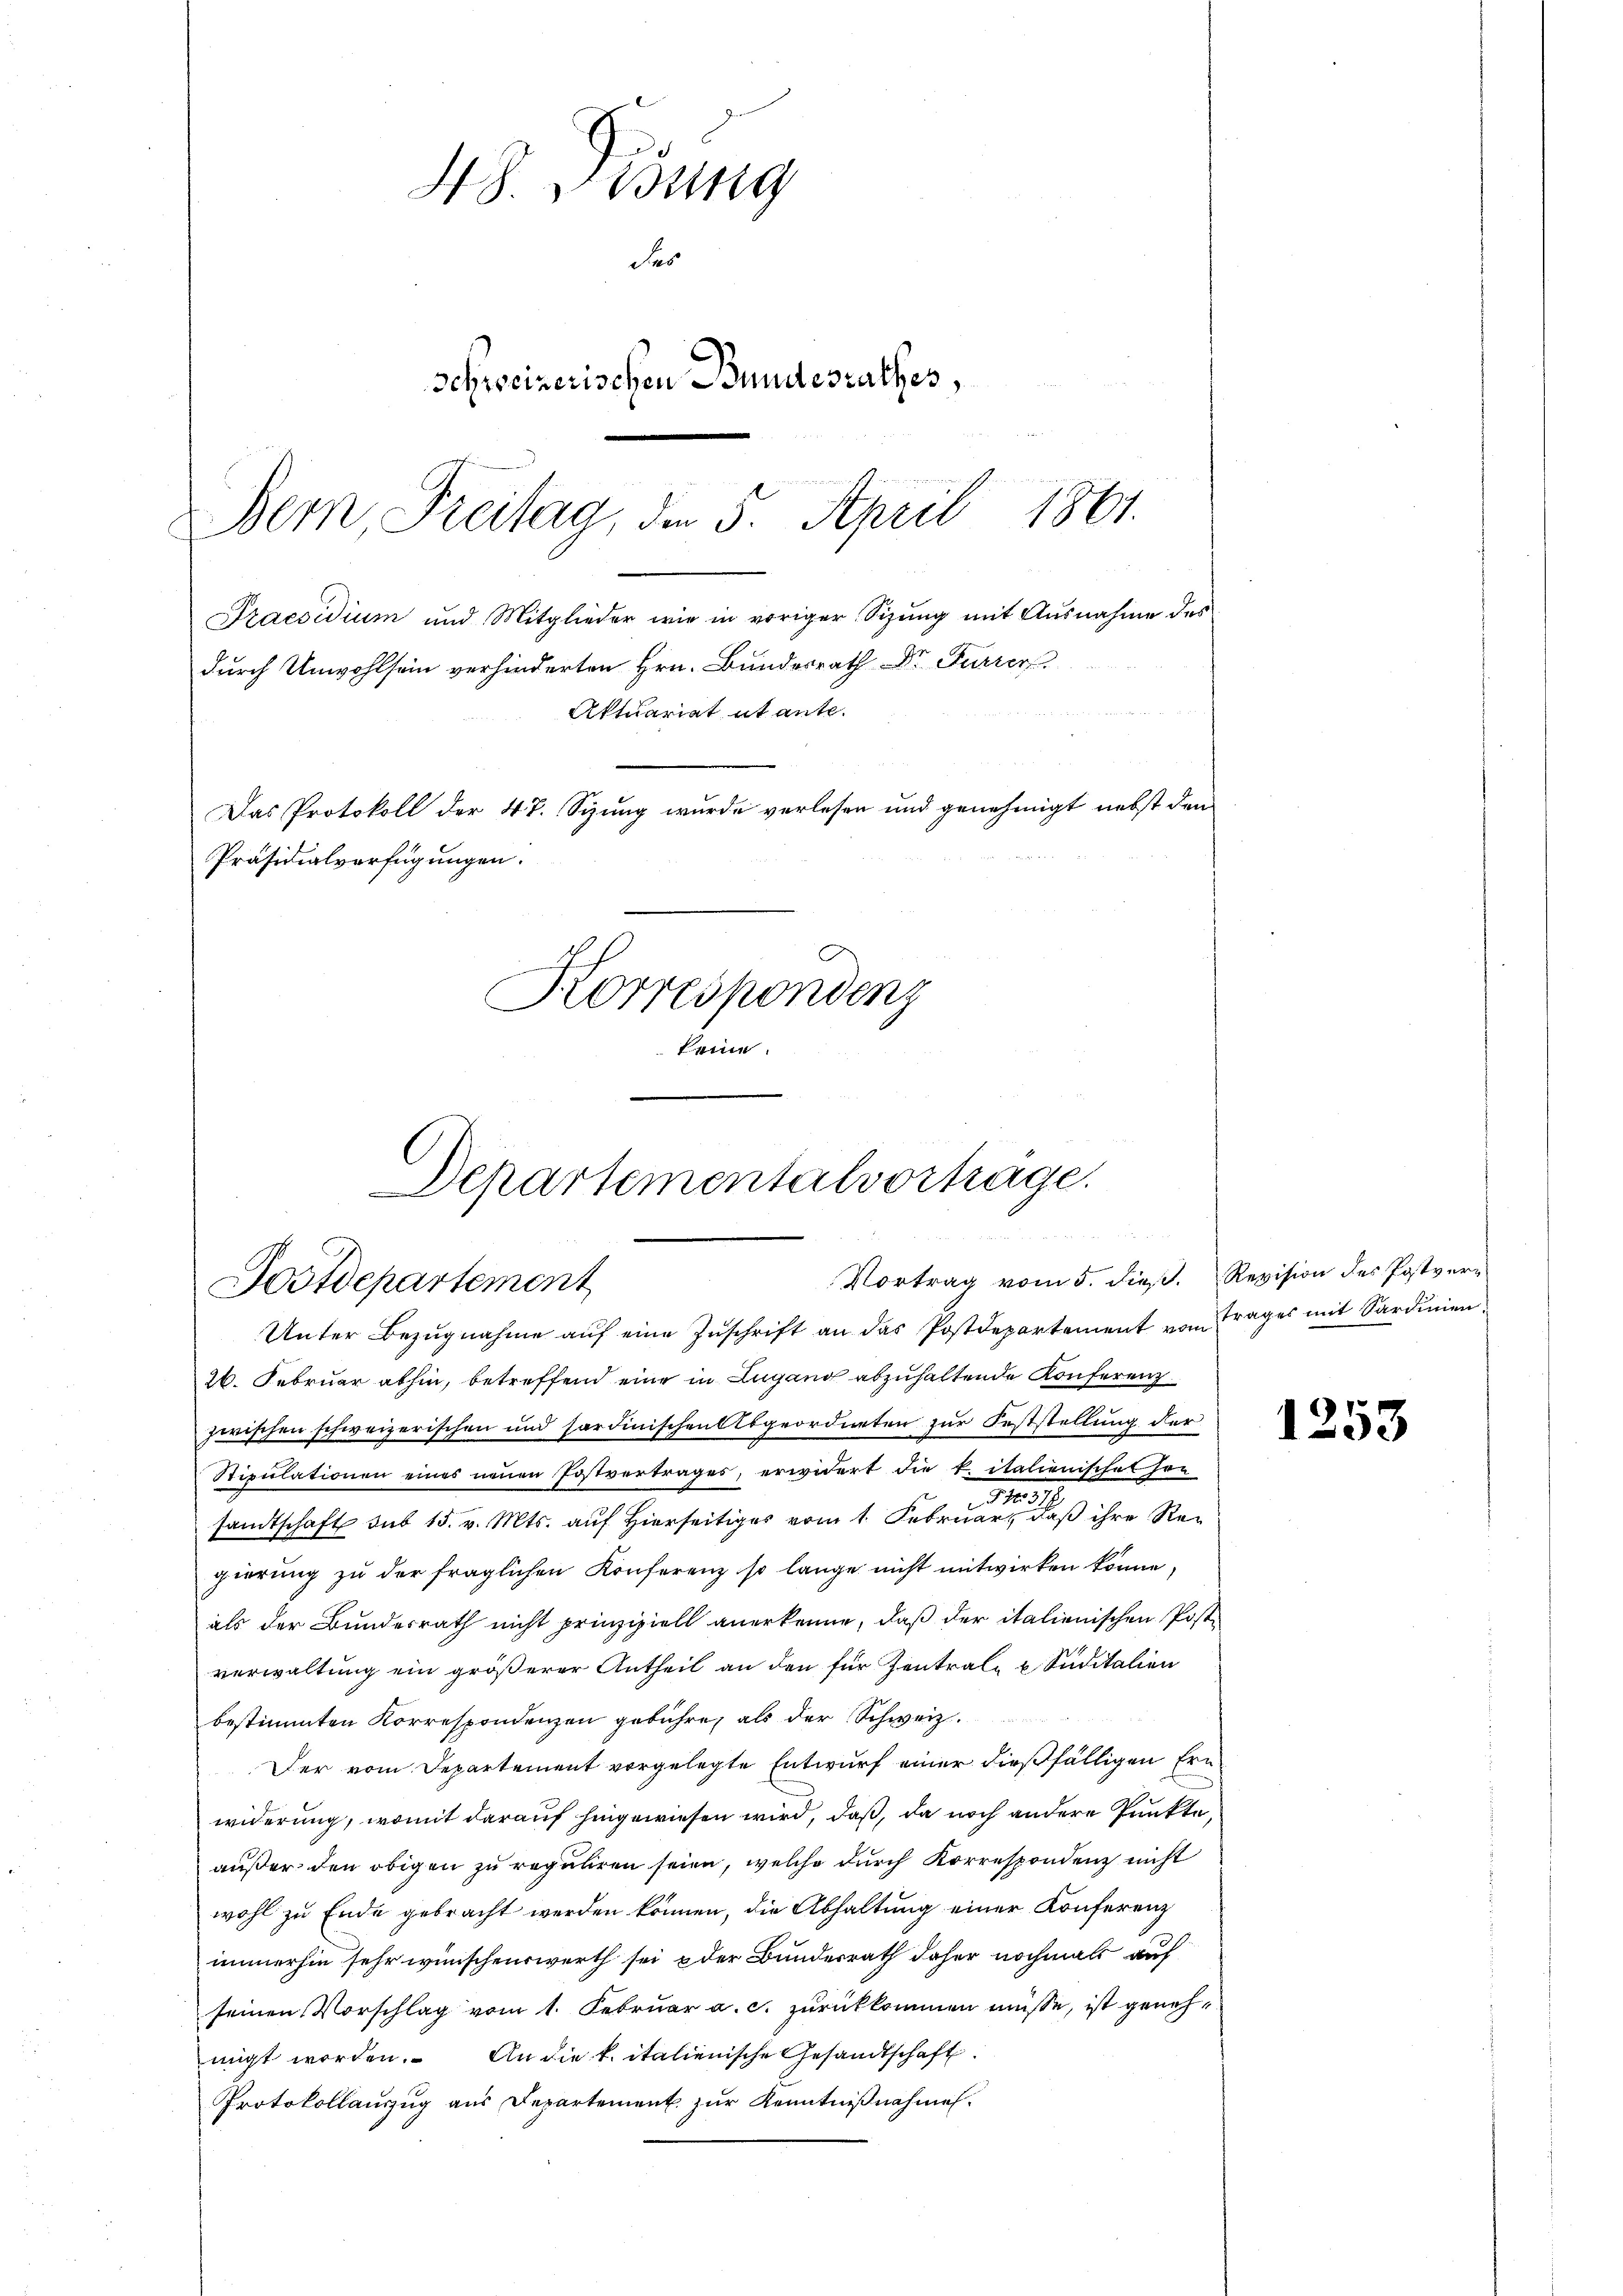
Bemn Freitag, die 5. April 1861.
Praesidium und Mitglieder wie in voriger Sizung mit Ausnahme des
durch Unwohlsein verhinderten Hrn. Bundesrath Dr Furrer
Aktuariat ut ante.

NS. Visung
des
schweizerischen Bundesrathes,
Das Protokoll der 47. Syung wurde verlesen und genehmigt nebst den
Präsidialverfügungen.
Korrespondenz
keine

Departementalvortrage.
Vortrag vom 5. dieß.
Postdepartement
Unter Bezugnahme auf eine Zuschrift an das Postdepartement vom Trages mit Sardinien

26. Februar abhin, betreffend eine in Lugano abzuhaltende Konferenz
zwischen schweizerischen und sardinischen Abgeordneten zur Feststellung der
Stipulationen eines neuen Postvertrages, erwidert die k. italienischet her
u
sandtschaft sub 15. v. Mts. auf Hierseitig vom 1. Februar, daß ihre Regierung zu der fraglichen Konferenz so lange nicht mitwirken könne,
als der Bundesrath nicht prinzipiell anerkenne, daß der italienischen Postverwaltung ein größerer Antheil an den für Zentrale u Suditalien
bestimmten Korrespondenzen gebühre, als der Schweiz.
Der vom Departement vorgelegte Entwurf einer dießfälligen Ern
widerung, womit darauf hingewiesen wird, daß, da noch andere Punkte,
außer den obigen zu reguliren seien, welche durch Korrespondenz nicht
wohl zu Ende gebracht werden können, die Abhaltung einer Konferenz
immerhin sehr wünschenswerth sei oder Bunderrath daher nochmals auf
seinen Vorschlag vom 1. Februar a. c. zurückkommen müsse, ist genehmigt worden. An die k. italienische Gesandtschaft
Protokollauszug aus Departement zur Kenntnißnahmen.

Revision des Postver-

1253